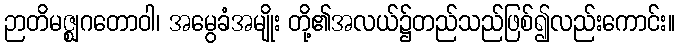
ဉာတိမဇ္ဈဂတောဝါ၊ အမွေခံအမျိုး တို့၏အလယ်၌တည်သည်ဖြစ်၍လည်းကောင်း။